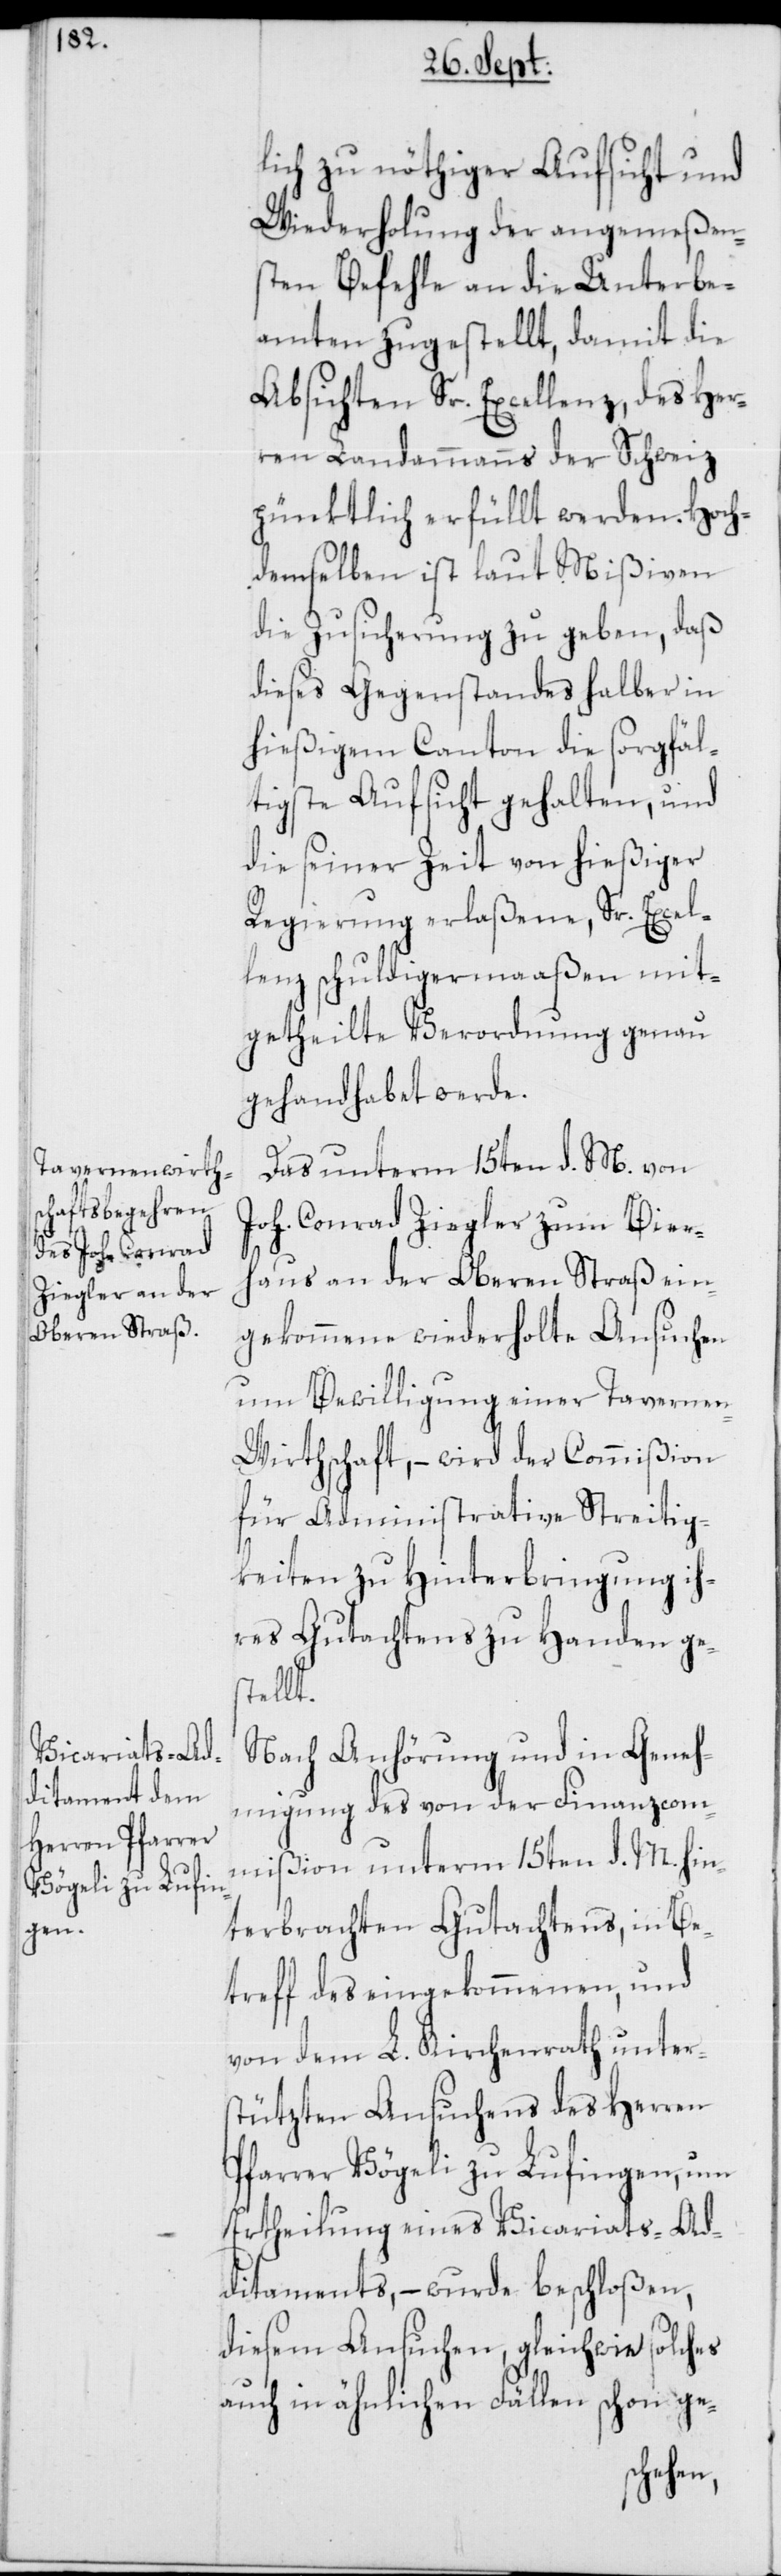
lich zu nöthiger Aufsicht und
Wiederholung der angemeßen¬
sten Befehle an die Unterbe¬
amten zugestellt, damit die
Absichten Sr. Excellenz, des Her¬
ren Landammanns der Schweiz
pünktlich erfüllt werden. Hoch¬
demselben ist laut Mißiven
die Zusicherung zu geben, daß
dieses Gegenstandes halber in
hießigem Canton die sorgfäl¬
tigste Aufsicht gehalten, und
die seiner Zeit von hießiger
Regierung erlaßene, Sr. Excel¬
lenz schuldigermaaßen mit¬
getheilte Verordnung genau
gehandhabet werde.
Das unterm 15ten d. M. von
Joh. Conrad Ziegler zum Bier¬
haus an der Oberen Straß ein¬
gekommene wiederholte Ansuchen
um Bewilligung einer Tavernen-W¬
irthschaft, – wird der Commißion
für Administrative Streitig¬
keiten zu Hinterbringung ih¬
res Gutachtens zu Handen ge¬
stellt.
Nach Anhörung und in Geneh¬
migung des von der Finanzcom¬
mißion unterm 15ten d. M. hin¬
terbrachten Gutachtens, in Be¬
treff des eingekommenen, und
von dem L. Kirchenrath unter¬
stützten Ansuchens des Herren
Pfarrer Vögeli zu Lufingen, um
Ertheilung eines Vicariats-Ad¬
ditaments, – wurde beschloßen,
diesem Ansuchen, gleich wie solches
auch in ähnlichen Fällen schon ge-